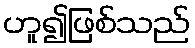
ဟူ၍ဖြစ်သည်